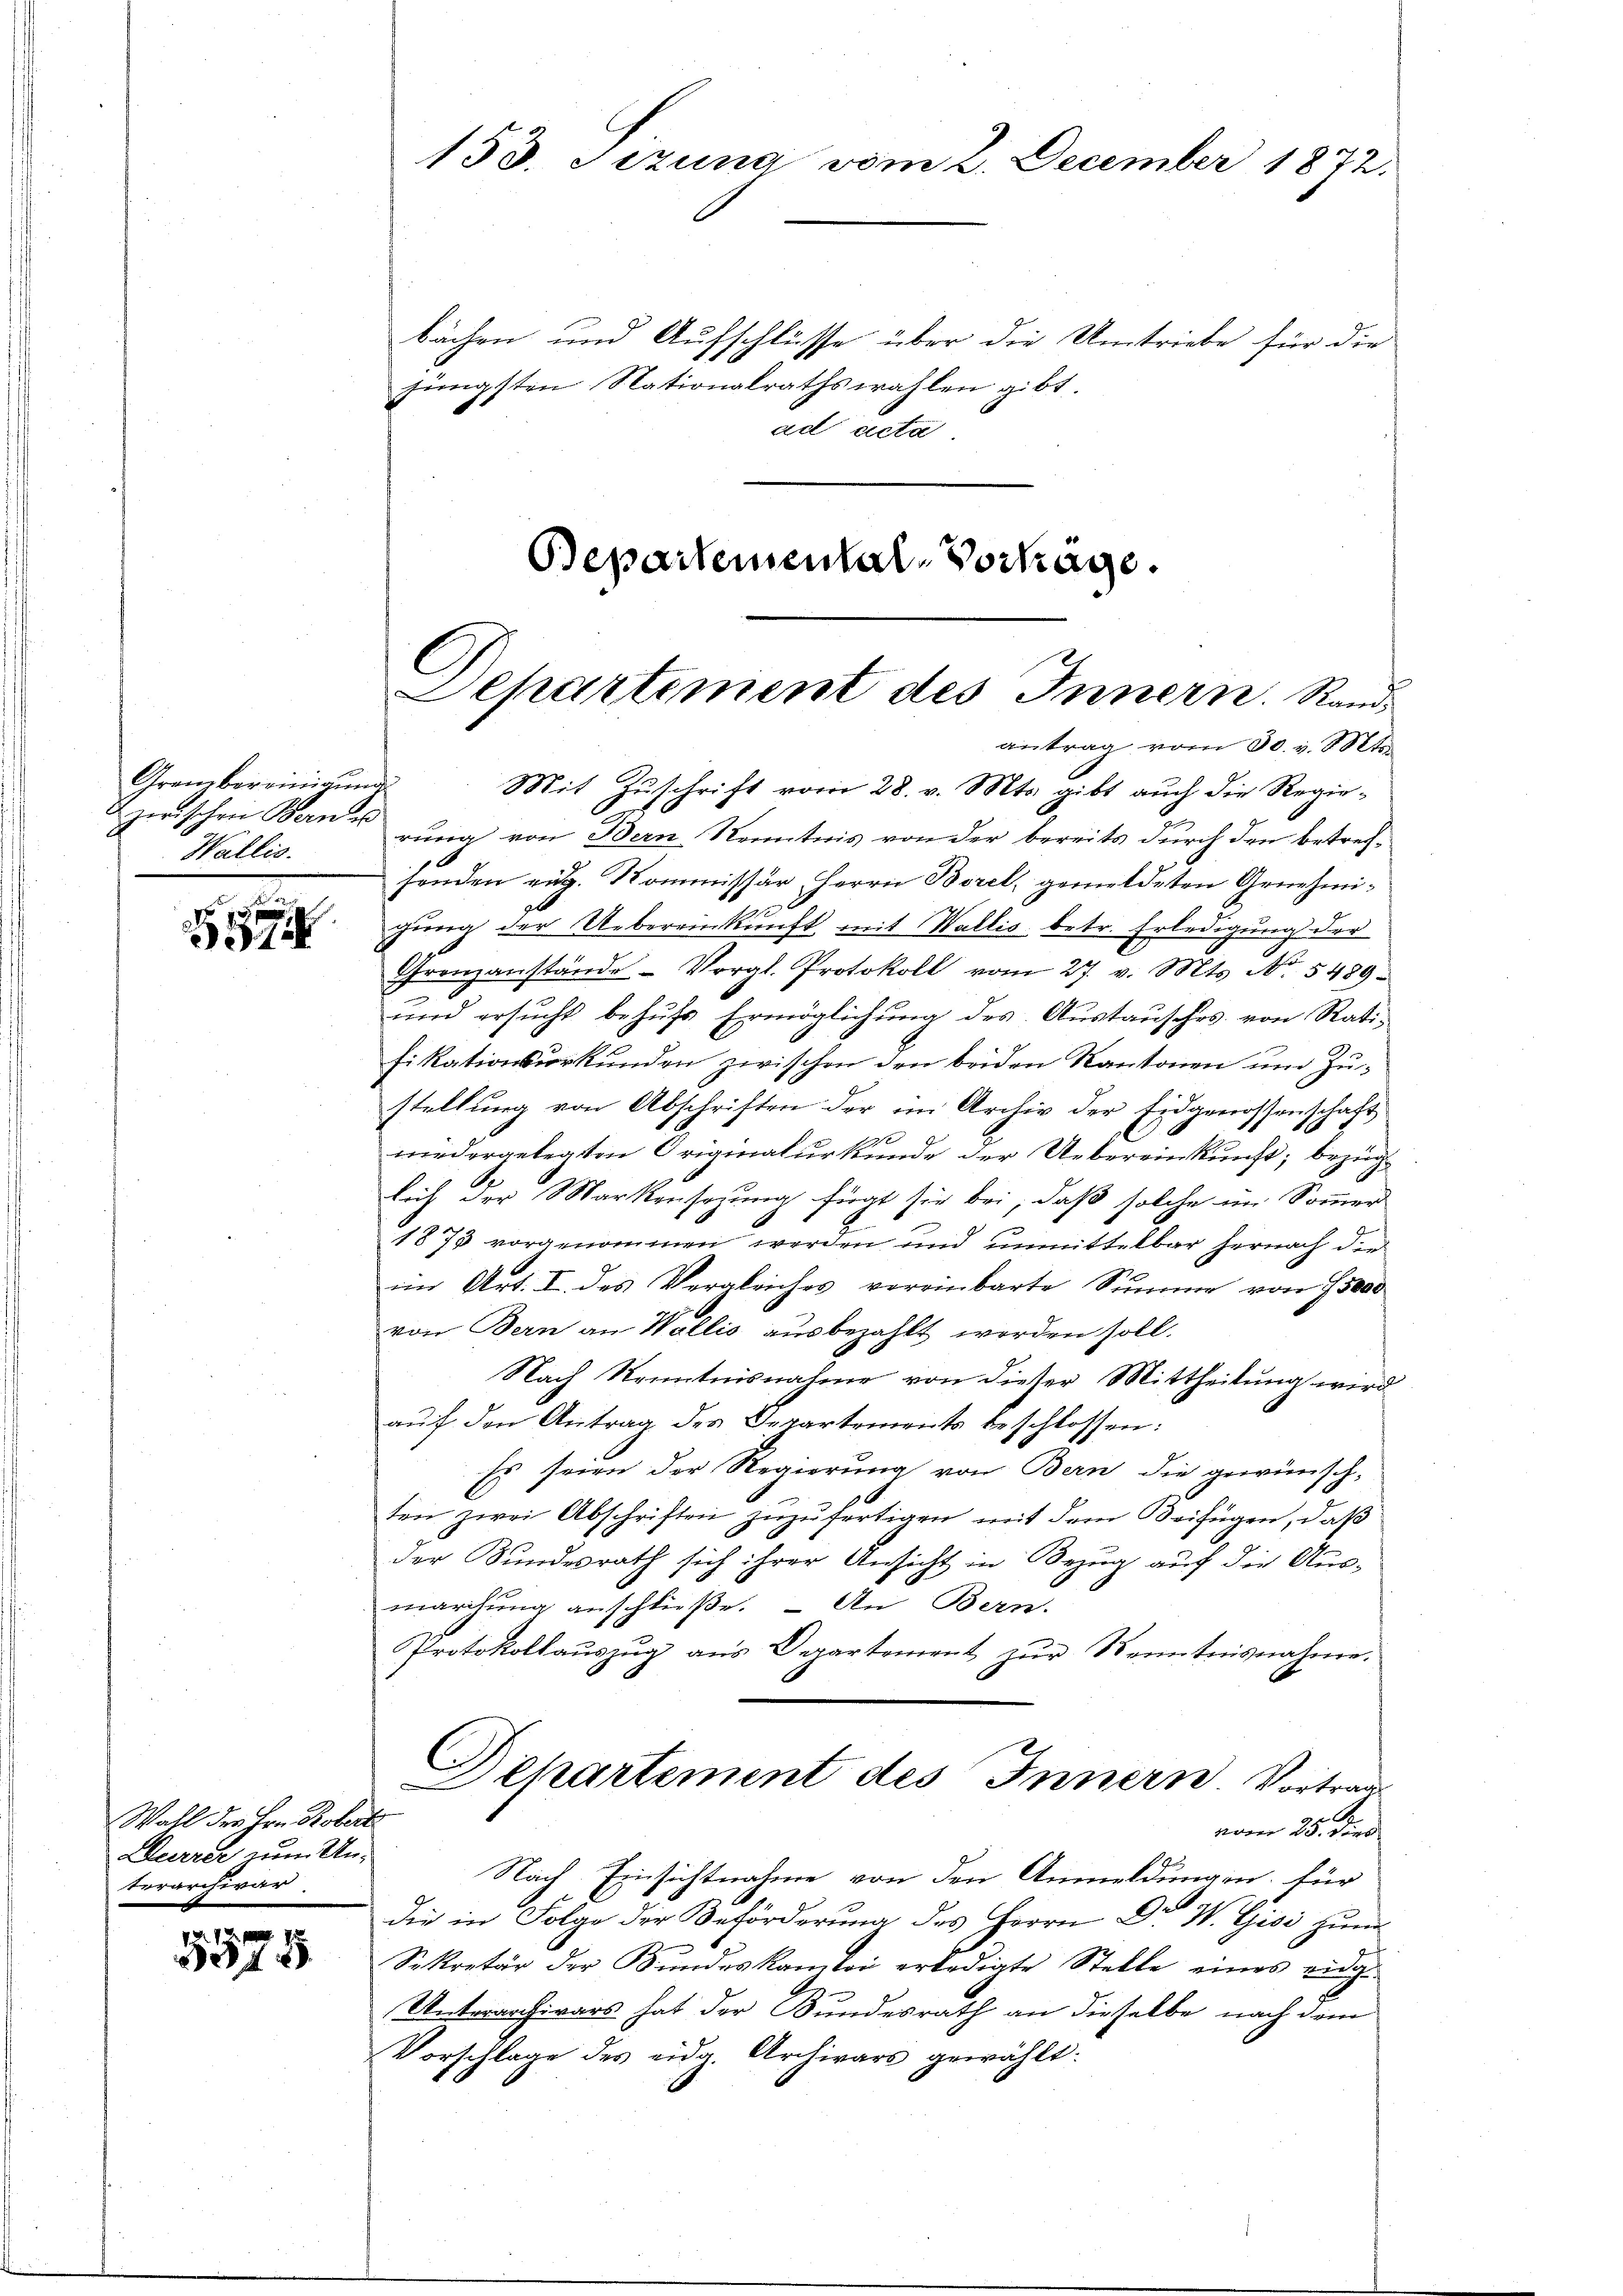
Grambereinigung
Wallis.

e

D

Wahl des Hrn. Robert
Darrer zum Unterarchivar.

5575

bächen und Aufschlüsse über die Umtriebe für die
jüngsten Nationalrathswahlen gibt.
ad acta
Bepartemental-Vorträge.

153. Sezung vom 2. December 1872.

Departement des Innern. Randantrag vom 30. v. Mts.
Mit Zuschrift vom 28. v. Mts. gibt auch die Regiezwischen Bern u guna von Bern Kenntnis von der bereits durch den betref¬

finden eidg. Kommissär, Herrn Borel, gemeldeten Genehmigung der Uebereinkunft mit Wallis betr. Erledigung der
Grenzanstände Vorgl. Protokoll vom 27. v. Mts. No. 5489.
und ersucht behufs Ermöglichung des Austausches von Ratifikationsurkunden zwischen den beiden Kantonen um Zustellung von Abschriften der im Archiv der Eidgenossenschaft
x
niedergelegten Originalurkunde der Uebereinkunft; bezüglich der Markensazung fügt sie bei, daß solche im Sommer
1873 vorgenommen werden und unmittelbar hernach die
im Art. I. des Vergleiches vereinbarte Summe von 15000
von Bern an Wallis ausbezahlt worden soll.
Nach Kenntnisnahme von dieser Mittheilung wird
aŭf den Antrag des Departements beschlossen:
Es seien der Regierung von Bern die gewünsch-
ten zwei Abschriften zŭzŭfertigen mit dem Beifügen, daβ
der Bundesrath sich ihrer Ansicht in Bezug auf die Ausmarchung anschließe. – An Bern.
Protokollaŭszŭg ans Departement zŭr Kenntnisnahme.
Dchartement des Innern. Vortrag
vom 25. dies
Nach Einsichtnahme von den Anmeldungen für
die in Folge der Beförderung des Herrn Dr. W. Gisi zum
Sekretär der Bundeskamlei erledigte Stelle eines eidge
Unterarchivars hat der Bundesrath an dieselbe nach dem
Vorschlage des eidg. Archivars gewählt: